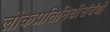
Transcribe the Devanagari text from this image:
लोकप्रतिनिधीसंबंधी